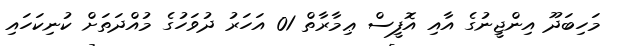
މަހިބަދޫ އިންޖީނުގެ އާއި އޮފީސް ޢިމާރާތް 01 އަހަރު ދުވަހުގެ މުއްދަތަށް ކުނިކަހައި